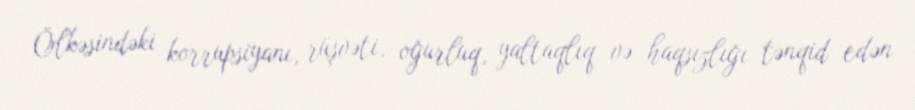
Ölkəsindəki korrupsiyanı, rüşvəti, oğurluq, yaltaqlıq və haqsızlığı tənqid edən